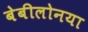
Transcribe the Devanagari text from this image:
बेबीलोनया